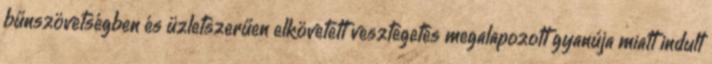
bűnszövetségben és üzletszerűen elkövetett vesztegetés megalapozott gyanúja miatt indult